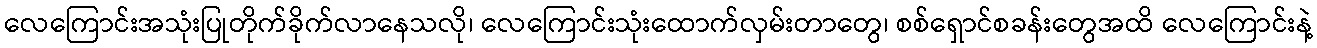
လေကြောင်းအသုံးပြုတိုက်ခိုက်လာနေသလို၊ လေကြောင်းသုံးထောက်လှမ်းတာတွေ၊ စစ်ရှောင်စခန်းတွေအထိ လေကြောင်းနဲ့